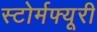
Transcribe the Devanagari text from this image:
स्टोर्मफ्यूरी